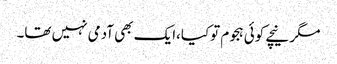
مگر نیچے کوئی ہجوم توکیا،ایک بھی آدمی نہیں تھا۔